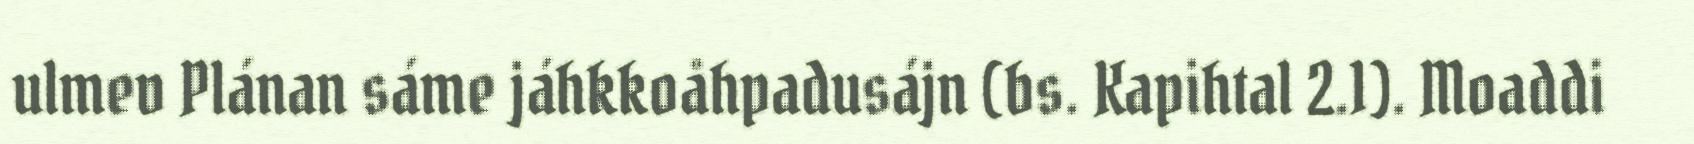
ulmev Plánan sáme jáhkkoåhpadusájn (bs. Kapihtal 2.1). Moaddi